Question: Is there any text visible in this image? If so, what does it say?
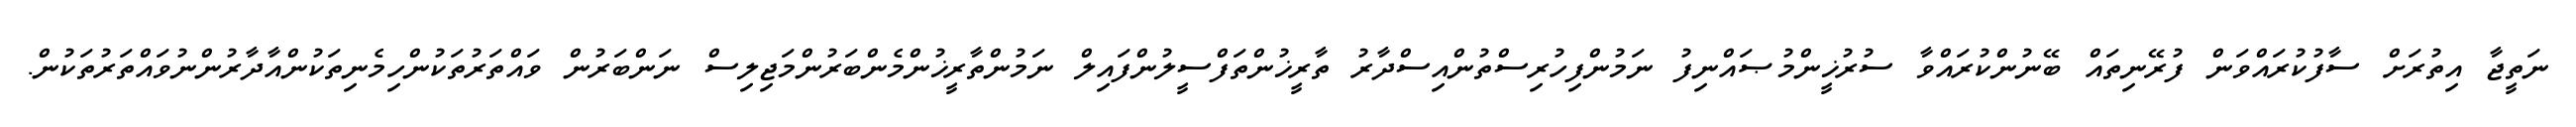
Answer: ނަތީޖާ އިތުރަށް ސާފުކުރައްވަން ފުރޭނިތައް ބޭނުންކުރައްވާ ސުރުޚީންމުޞައްނިފު ނަމުންފިހުރިސްތުންއިސްދާރު ތާރީޚުންތަފްސީލުންފައިލް ނަމުންތާރީޚުންމެންބަރުންމަޖިލިސް ނަންބަރުން ވައްތަރުތަކުންހިމެނިތަކުންއާދާރުންނުވައްތަރުތަކުން.